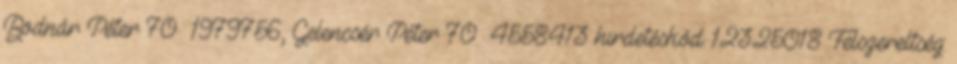
Bodnár Péter 70 1979756, Gelencsér Péter 70 4558413 hirdetéskód: 12325018 Felszereltség: